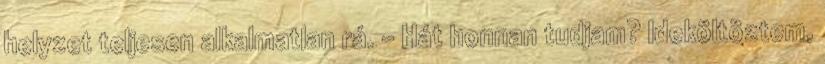
helyzet teljesen alkalmatlan rá. - Hát honnan tudjam? Ideköltöztem,